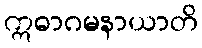
ဣဓာဂမနာယာတိ